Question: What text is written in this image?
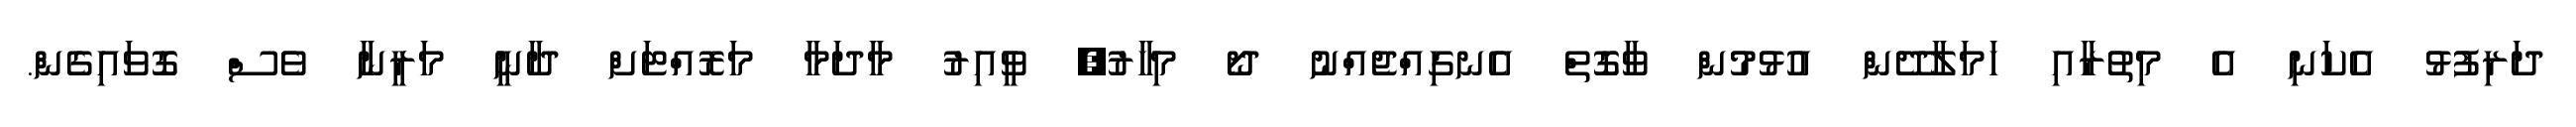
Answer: ދަރިފުޅު އެކަނި އެ މިތުރާއި ހަމަލާދޭން އުޅުމުން ވާގޮތް އެނގިއްޖެއްނު ދޯ މިހާރު? ވީއިރު މާދަމާ މަރޮއްޓަށް ދާނީ މަރީނާ ވެސް ގޮވައިގެން.